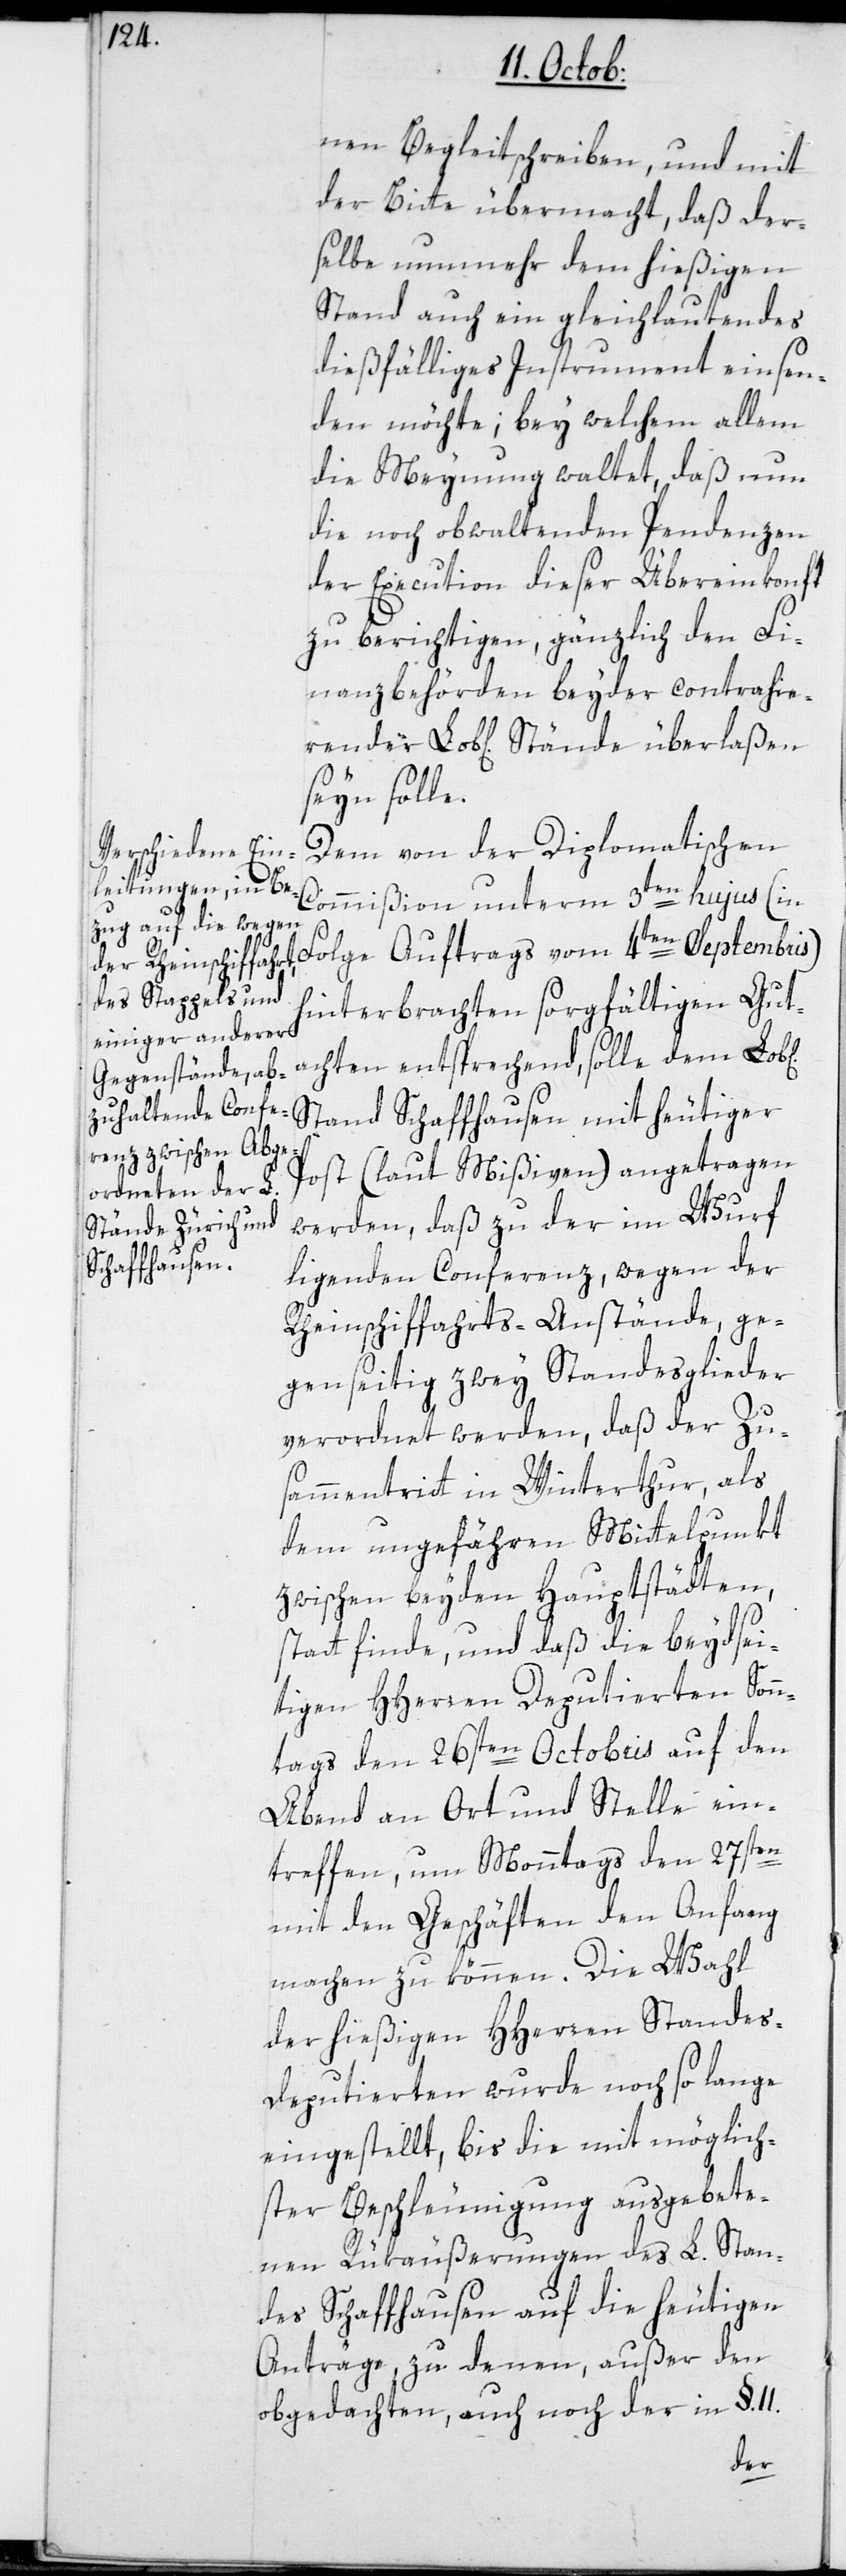
nen Begleitschreiben, und mit
der Bitte übermacht, daß der¬
selbe nunmehr dem hießigen
Stand auch ein gleichlautendes
dießfälliges Instrument einsen¬
den möchte; bey welchem allem
die Meynung waltet, daß nun
die noch obwaltenden Pentenzen
der Execution dieser Übereinkonft
zu berichtigen, gänzlich den Fi¬
nanzbehörden beyder contrahie¬
sein solle.
Dem von der Diplomatischen
Commißion unterm 3ten hujus (in
Folge Auftrags vom 4ten Septembris)
hinterbrachten sorgfältigen Gut¬
achten entsprechend, solle dem Lobl[i¬
Stand Schaffhausen mit heutiger
Post (laut Mißiven) angetragen
werden, daß zu der im Wurf
liegenden Conferenz, wegen der
Rheinschiffahrts-Anstände, ge¬
genseitig zwey Standesglieder
verordnet werden, daß der Zu¬
sammentritt in Winterthur, als
dem ungefähren Mittelpunkt
zwischen beyden Hauptstädten,
11.
statt finde, und daß die beydsei¬
tigen HHerren Deputierten Sonn¬
tags den 26sten Octobris auf den
Abend an Ort und Stelle ein¬
treffen, um Monntags den 27sten
mit den Geschäften den Anfang
machen zu können. Die Wahl
der hießigen HHerren Standes¬
deputierten wurde noch so lange
eingestellt, bis die mit möglich¬
ster Beschleunigung ausgebete¬
nen Rükäußerungen des L. Stan¬
des Schaffhausen auf die heutigen
Anträge, zu denen außer den
obgedachten, auch noch der in §.
chen]